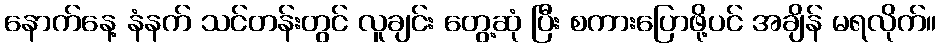
နောက်နေ့ နံနက် သင်တန်းတွင် လူချင်း တွေ့ဆုံ ပြီး စကားပြောဖို့ပင် အချိန် မရလိုက်။